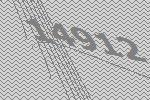
14912